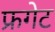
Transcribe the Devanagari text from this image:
फ्रगेट